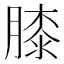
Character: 膝